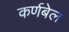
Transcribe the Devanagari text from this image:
कर्णबेल